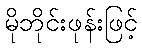
မိုဘိုင်းဖုန်းဖြင့်